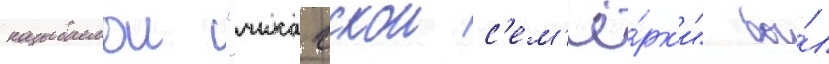
называемои "чикагскои с'ем'ё́рк'и" бы́л